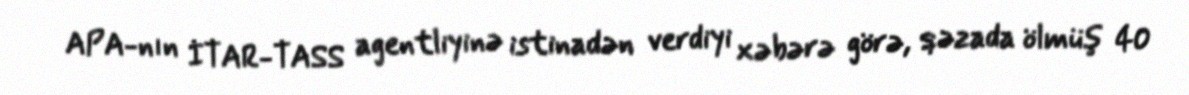
APA-nın İTAR-TASS agentliyinə istinadən verdiyi xəbərə görə, qəzada ölmüş 40